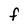
Character: F